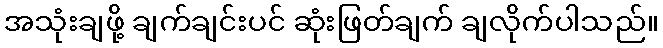
အသုံးချဖို့ ချက်ချင်းပင် ဆုံးဖြတ်ချက် ချလိုက်ပါသည်။